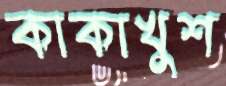
কাকাখুশ